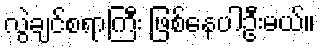
လွဲချင်စရာကြီး ဖြစ်နေပါဦးမယ်။